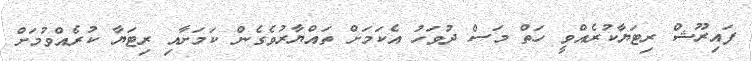
ފައިރޫޝް ރިޓަޔާކުރެއްވީ ހަތް މަސް ދުވަހު އެކަމަށް ތައްޔާރުވެގެން ކަމަށާއި ރިޓަޔާ ކުރެއްވުމަށް